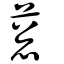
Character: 蔥